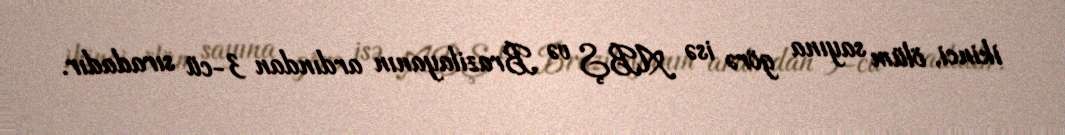
ikinci, ölüm sayına görə isə ABŞ və Brazilayanın ardından 3-cü sıradadır.